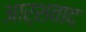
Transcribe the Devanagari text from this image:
आर्शवाद